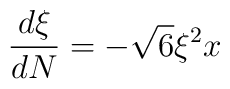
\frac{d\xi}{dN}=-\sqrt{6}\xi^2x